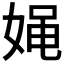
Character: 𰌉